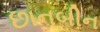
છાનબીન